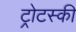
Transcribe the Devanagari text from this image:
ट्रोटस्की